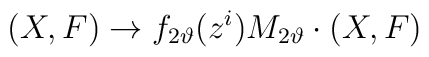
(X,F)\rightarrow f_{2\vartheta}(z^i)  {M}_{2\vartheta} \cdot (X,F)